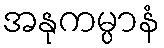
အနုကမ္ပာနံ